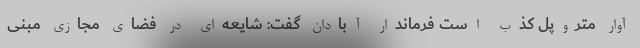
آوار متروپل کذب است فرماندار آبادان گفت: شایعه‌ای در فضای مجازی مبنی